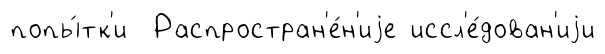
попы́тк'и Распростран'е́н'иjе иссл'е́дован'иjи